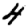
Digit: 4